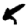
Digit: 5